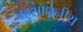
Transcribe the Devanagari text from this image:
बहुसाधनीय